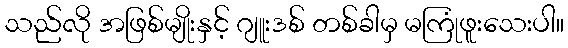
သည်လို အဖြစ်မျိုးနှင့် ဂျူးဒစ် တစ်ခါမှ မကြုံဖူးသေးပါ။